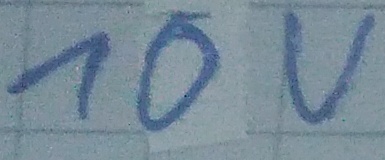
Text: 10V